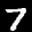
Label: 7